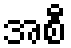
အစီ